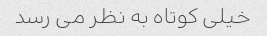
خیلی کوتاه به نظر می رسد